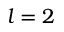
l = 2